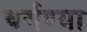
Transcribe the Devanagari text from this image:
वर्गण्या